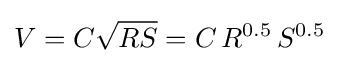
V=C{\sqrt {RS}}=C\,R^{0.5}\,S^{0.5}